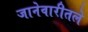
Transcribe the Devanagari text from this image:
जानेवारीतले